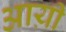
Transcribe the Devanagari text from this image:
आय़ी